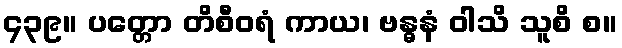
၄၃၉။ ပတ္တော တိစီဝရံ ကာယ၊ ဗန္ဓနံ ဝါသိ သူစိ စ။